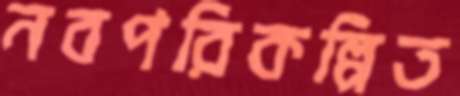
নবপরিকল্পিত